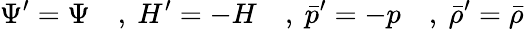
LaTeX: \Psi^{\prime}=\Psi\quad,~H^{\prime}=-H\quad,~{\bar{p}^{\prime}}=-p\quad,~{\bar{\rho}^{\prime}}={\bar{\rho}}